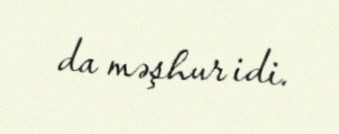
da məşhur idi.